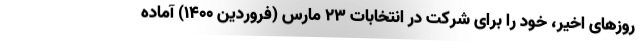
روزهای اخیر، خود را برای شرکت در انتخابات 23 مارس (فروردین 1400) آماده